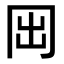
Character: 𠕐